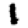
Digit: 1